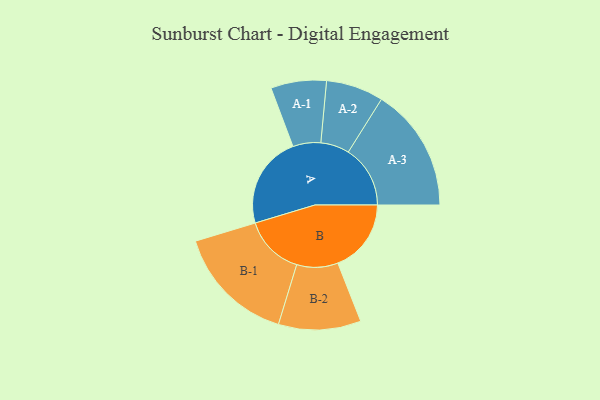
{"axis": {"x": "Segment", "y": "Value"}, "legend": ["", "A", "B"], "data": [{"x": "A", "y": 405, "type": ""}, {"x": "B", "y": 322, "type": ""}, {"x": "A-1", "y": 122, "type": "A"}, {"x": "A-2", "y": 126, "type": "A"}, {"x": "A-3", "y": 272, "type": "A"}, {"x": "B-1", "y": 264, "type": "B"}, {"x": "B-2", "y": 181, "type": "B"}]}